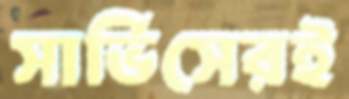
সার্ভিসেরই